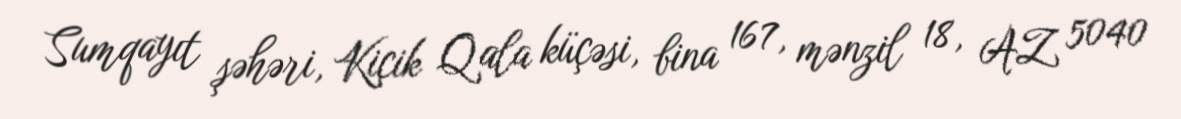
Sumqayıt şəhəri, Kiçik Qala küçəsi, bina 167, mənzil 18, AZ 5040